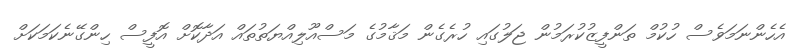
އެހެންނަމަވެސް ހުކުމް ތަންފީޒުކުރަމުން ޖަލުގައި ހުރެގެން މަޤާމުގެ މަސްއޫލިއްޔަތުތައް އަދާކޮށް އޮފީސް ހިންގޭނެކަމަކަށް